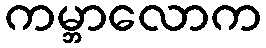
ကမ္ဘာလောက